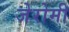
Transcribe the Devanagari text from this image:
जेरोमी